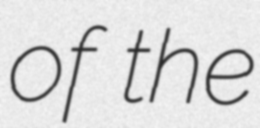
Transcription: of the